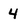
Character: 4